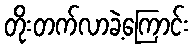
တိုးတက်လာခဲ့ကြောင်း